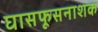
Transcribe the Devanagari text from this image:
घासफूसनाशक